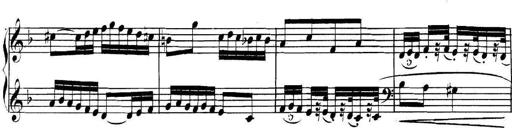
Title: Collected Piano Sonatas
Composer: Muzio Clementi